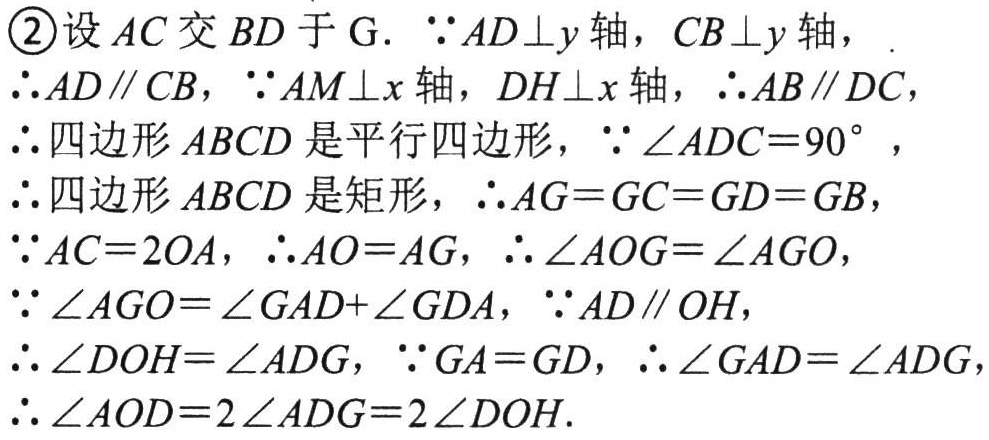
\begin{enumerate}[label=\textcircled{\arabic*}]

\item 设 \(AC\) 交 \(BD\) 于 \(G\). \(\because AD\perp y\) 轴，\(CB\perp y\) 轴，

\(\therefore AD\parallel CB\)，\(\because AM\perp x\) 轴，\(DH\perp x\) 轴，\(\therefore AB\parallel DC\)，

\(\therefore\) 四边形 \(ABCD\) 是平行四边形，\(\because\angle ADC = 90^{\circ}\)，

\(\therefore\) 四边形 \(ABCD\) 是矩形，\(\therefore AG = GC=GD = GB\)，

\(\because AC = 2OA\)，\(\therefore AO = AG\)，\(\therefore\angle AOG=\angle AGO\)，

\(\because\angle AGO=\angle GAD+\angle GDA\)，\(\because AD\parallel OH\)，

\(\therefore\angle DOH=\angle ADG\)，\(\because GA = GD\)，\(\therefore\angle GAD=\angle ADG\)，

\(\therefore\angle AOD = 2\angle ADG=2\angle DOH\).

\end{enumerate}